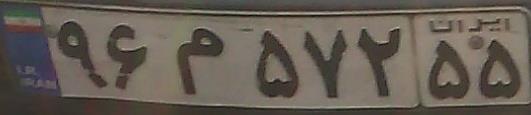
۹۶م۵۷۲۵۵